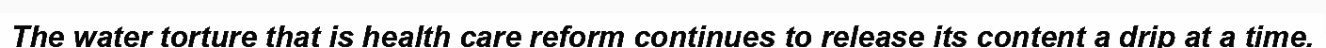
The water torture that is health care reform continues to release its content a drip at a time.